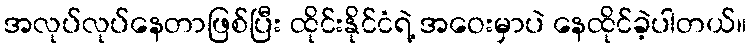
အလုပ်လုပ်နေတာဖြစ်ပြီး ထိုင်းနိုင်ငံရဲ့ အဝေးမှာပဲ နေထိုင်ခဲ့ပါတယ်။